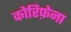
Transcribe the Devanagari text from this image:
कोरिफ़ेना